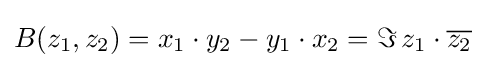
B(z_{1},z_{2})=x_{1}\cdot y_{2}-y_{1}\cdot x_{2}=\Im \,z_{1}\cdot {\overline {z_{2}}}